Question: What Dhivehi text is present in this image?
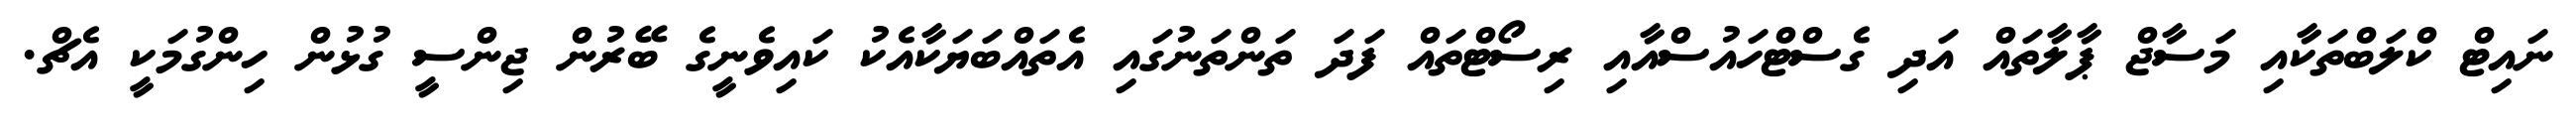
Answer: ނައިޓް ކްލަބްތަކާއި މަސާޖް ޕާލާތައް އަދި ގެސްޓްހައުސްއާއި ރިސޯޓްތައް ފަދަ ތަންތަނުގައި އެތައްބަޔަކާއެކު ކައިވެނީގެ ބޭރުން ޖިންސީ ގުޅުން ހިންގުމަކީ އެޗް.